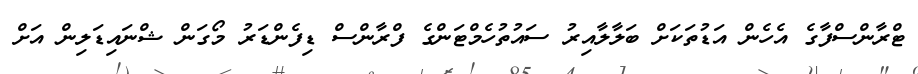
ޓްރާންސްފާގެ އެހެން އަޑުތަކަށް ބަލާލާއިރު ސައުތުހެމްޓަންގެ ފްރާންސް ޑިފެންޑަރު މޯގަން ޝްނައިޑަލިން އަށް